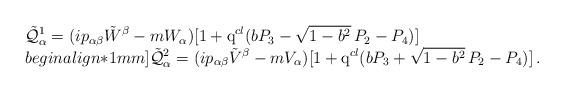
LaTeX: \begin{align*}\begin{array}{l}\displaystyle\displaystyle\tilde{\cal Q}^1_\alpha=(ip_{\alpha\beta}\tilde W^\beta-mW_\alpha)[1+{\rm q}^{cl}(bP_3-\sqrt{1-b^2}\,P_2-P_4)] \\begin{align*}1mm] \displaystyle\tilde{\cal Q}^2_\alpha=(ip_{\alpha\beta}\tilde V^\beta-mV_\alpha)[1+{\rm q}^{cl}(bP_3+\sqrt{1-b^2}\,P_2-P_4)]\,.\end{array}\end{align*}